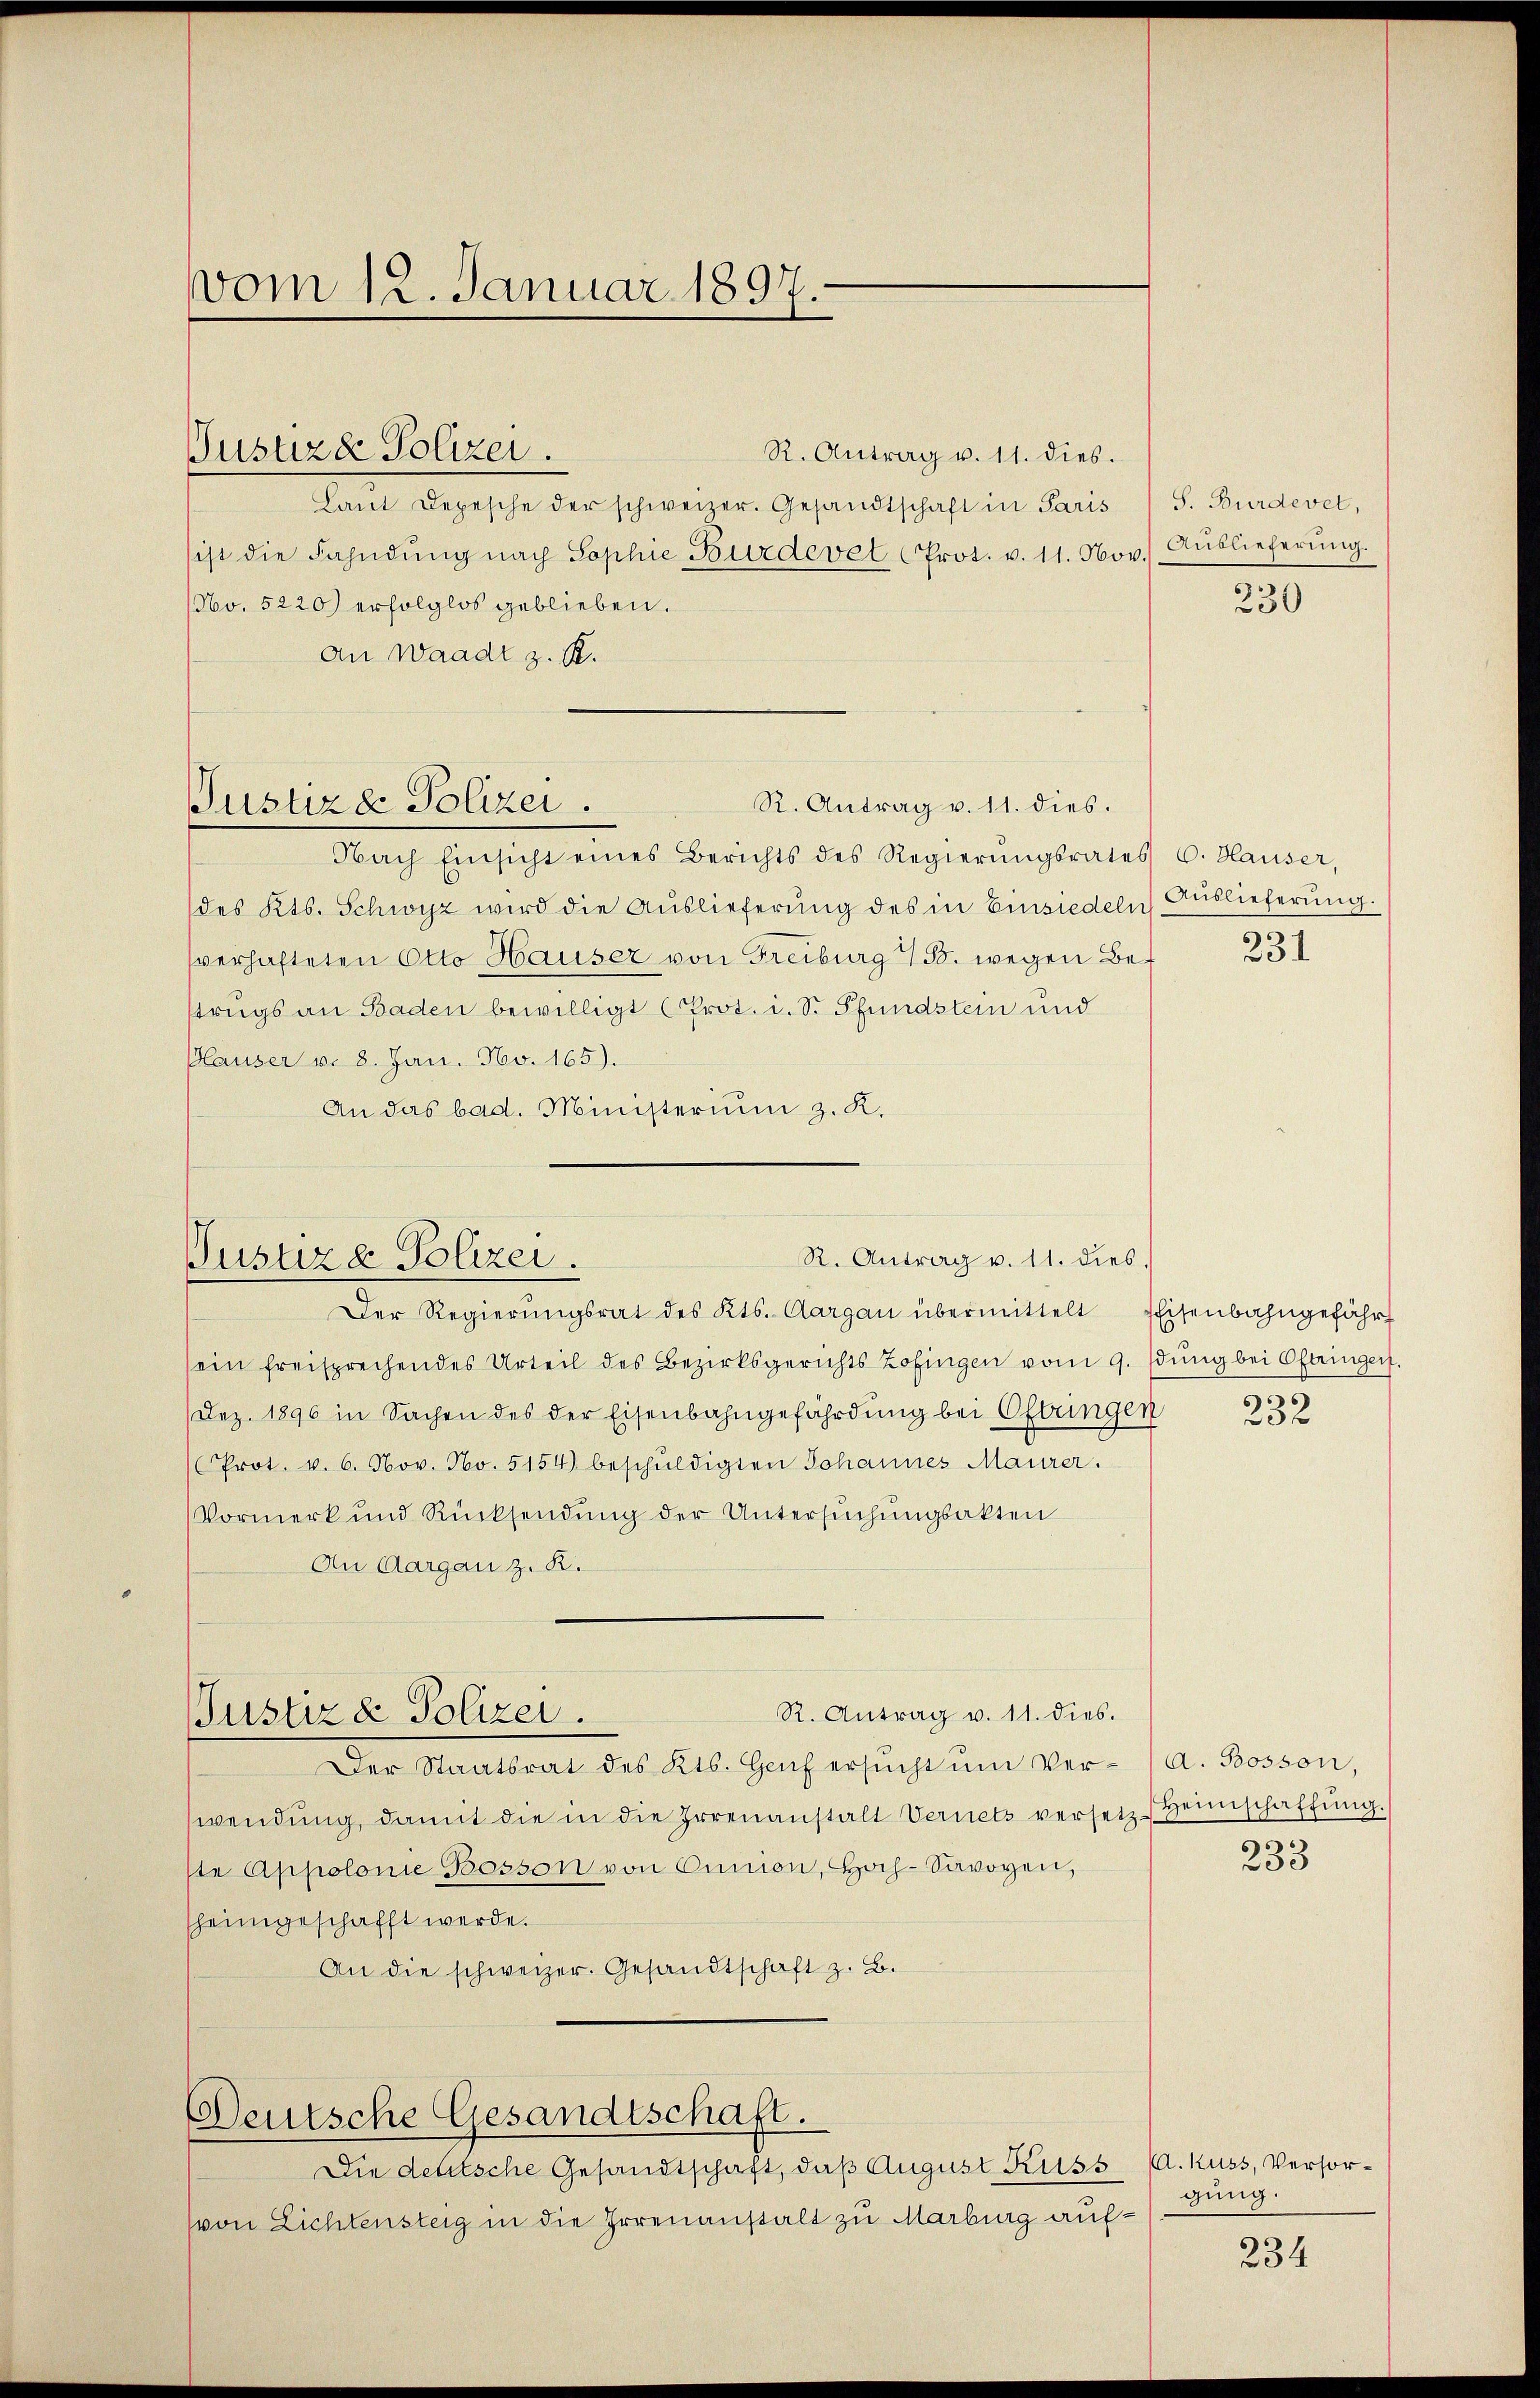
vom 12. Januar 1897

Justizde Polizei.

R. Antrag v. 11. dies.
Laŭt Depesche der schweizer. Gesandtschaft in Paris
ist die Fahndŭng nach Sophie Bürdevel Prot. v. 11. Nov. Aŭslieferŭng.
NNo. 5220) erfolglos geblieben.
An Waadt z. R.

Justiz & Polizei.

R. Antrag v. 11. dies.
Nach Einsicht eines Berichts des Regierŭngsrates C. Hauser,
des Kts. Schwyz wird die Auslieferung des in Einsiedeln) Auslieferung.
verhafteten Otto Hauser von Freiburg 13. wegen Betrugs an Baden bewilligt (Prot. i. S. Pfundstein und
Pläuser v. 8. Jan. Nov. 165).
An das bad. Ministerium z. K.

R. Antrag v. 11. dies.
Justiz & Polizei.

sein freisprechendes Urteil des Bezirksgerichts Zofingen vom 9. dŭng bei Oftringen
(Dez. 1896 in Sachen des der Eisenbahngefährdung bei Ofbungen
Prot. v. 6. Nov. No. 5154) beschŭldigten Johannes Maurer.
Vormerk und Rücksendŭng der Untersŭchŭngsakten
An Aargau z. R.
R. Antrag v. 11. dies.
Justiz & Polizei.
Der Staatsrat des Kts. Haus ersŭcht ŭm Ver- (A. Bosson,
wendŭng, damit die in die Irrenanstalt Vernets versetz Heimschaffŭng.
ste Appolonie Bosson von Cunion, Hoch-Savoyen,
sheimgeschafft werde.
An die schweizer. Gesandtschaft z. B.

Deutsche Gesandtschaft.

Der Regierŭngsrat des Kts. Aargau übermittelt Eisenbahngefähr

Die deutsche Gesandtschaft, daß August Kuss
(von Lichtensteig in die Irrenanstalt zu Marburg auf¬

S. Bürdevet,

230

231

e

252

233

A. Kuss, Versorgung.

234